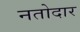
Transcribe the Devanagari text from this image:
नतोदार